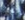
للغة